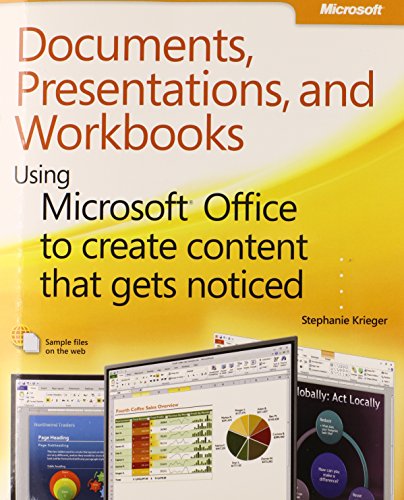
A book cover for Documents, Presentations, and Workbooks: Using Microsoft Office to Create Content That Gets Noticed- Creating Powerful Content with Microsoft Office; Stephanie Krieger; Computers & Technology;